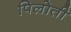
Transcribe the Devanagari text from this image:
पिलोती